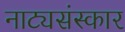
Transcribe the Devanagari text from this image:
नाट्यसंस्कार